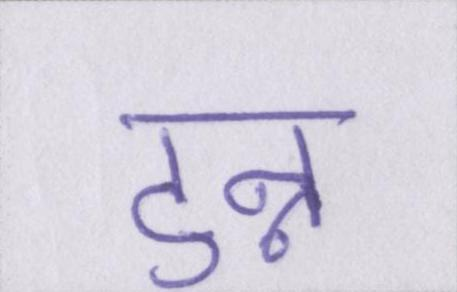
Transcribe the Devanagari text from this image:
टुन्न